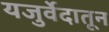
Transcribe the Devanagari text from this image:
यजुर्वेदातून